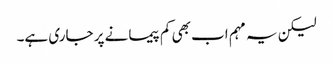
لیکن یہ مہم اب بھی کم پیمانے پر جاری ہے۔